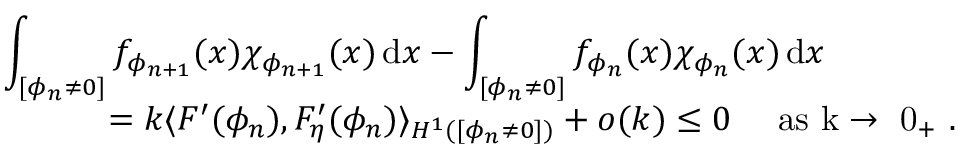
\begin{array} { r l } { \lefteqn { \int _ { [ \phi _ { n } \neq 0 ] } f _ { \phi _ { n + 1 } } ( x ) \chi _ { \phi _ { n + 1 } } ( x ) \, \mathrm { d } x - \int _ { [ \phi _ { n } \neq 0 ] } f _ { \phi _ { n } } ( x ) \chi _ { \phi _ { n } } ( x ) \, \mathrm { d } x } } \\ & { \qquad = k \langle F ^ { \prime } ( \phi _ { n } ) , F _ { \eta } ^ { \prime } ( \phi _ { n } ) \rangle _ { H ^ { 1 } ( [ \phi _ { n } \neq 0 ] ) } + o ( k ) \le 0 \quad \mathrm { ~ a s ~ k \to ~ 0 _ + ~ . } } \end{array}